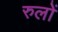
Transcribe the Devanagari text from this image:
रुलों